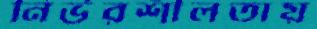
নির্ভরশীলতায়